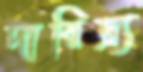
দারিদ্র্য